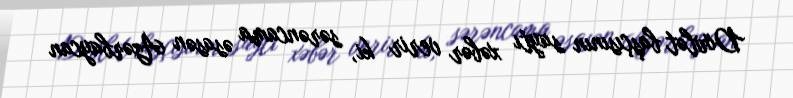
Dövlət başçısının saytı xəbər verir ki, sərəncama əsasən Azərbaycan